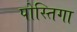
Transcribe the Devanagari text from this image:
पोस्तिगा